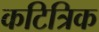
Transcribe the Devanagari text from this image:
कटित्रिक